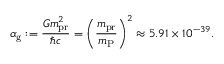
\alpha _ { \mathrm { g } } : = \frac { G m _ { \mathrm { p r } } ^ { 2 } } { \hbar c } = \left( \frac { m _ { \mathrm { p r } } } { m _ { \mathrm { P } } } \right) ^ { 2 } \approx 5 . 9 1 \times 1 0 ^ { - 3 9 } .